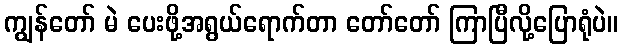
ကျွန်တော် မဲ ပေးဖို့အရွယ်ရောက်တာ တော်တော် ကြာပြီလို့ပြောရုံပဲ။